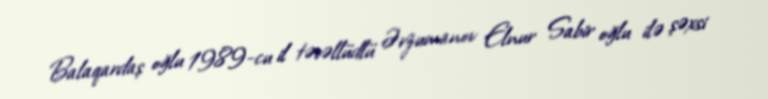
Balaqardaş oğlu 1989-cu il təvəllüdlü Ərzumanov Elnur Sabir oğlu ilə şəxsi